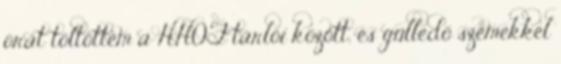
órát töltöttem a HHOF tárlói között, és gülledő szemekkel